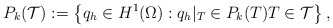
\begin{align*}{P}_k(\mathcal{T}):=\left\{q_h\in H^1(\Omega): q_h|_T\in P_k(T) T\in \mathcal{T}\right\},\end{align*}